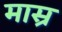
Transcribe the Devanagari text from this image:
मास्र